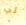
لي